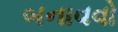
બનાવવો